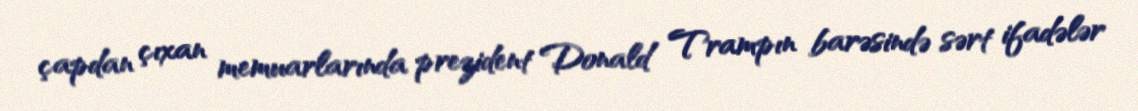
çapdan çıxan memuarlarında prezident Donald Trampın barəsində sərt ifadələr